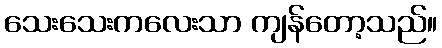
သေးသေးကလေးသာ ကျန်တော့သည်။